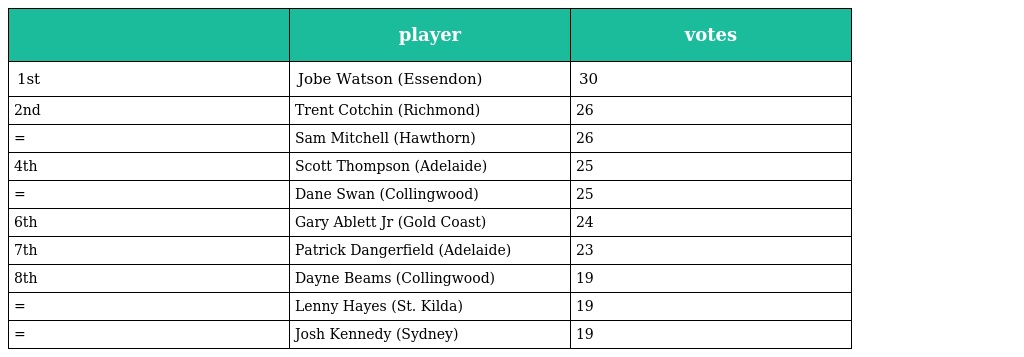
|  | player | votes |
 | --- | --- | --- |
 | 1st | Jobe Watson (Essendon) | 30 |
 | 2nd | Trent Cotchin (Richmond) | 26 |
 | = | Sam Mitchell (Hawthorn) | 26 |
 | 4th | Scott Thompson (Adelaide) | 25 |
 | = | Dane Swan (Collingwood) | 25 |
 | 6th | Gary Ablett Jr (Gold Coast) | 24 |
 | 7th | Patrick Dangerfield (Adelaide) | 23 |
 | 8th | Dayne Beams (Collingwood) | 19 |
 | = | Lenny Hayes (St. Kilda) | 19 |
 | = | Josh Kennedy (Sydney) | 19 |